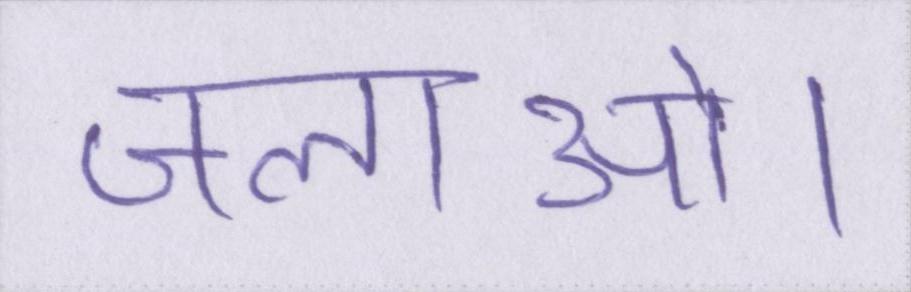
जलाओ।